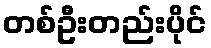
တစ်ဦးတည်းပိုင်